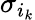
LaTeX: \sigma_{i_{k}}